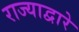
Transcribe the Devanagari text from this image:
राज्याद्वारे